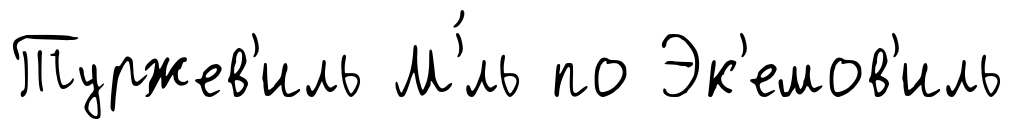
Туржев'иль М'́ль по Эк'емов'иль